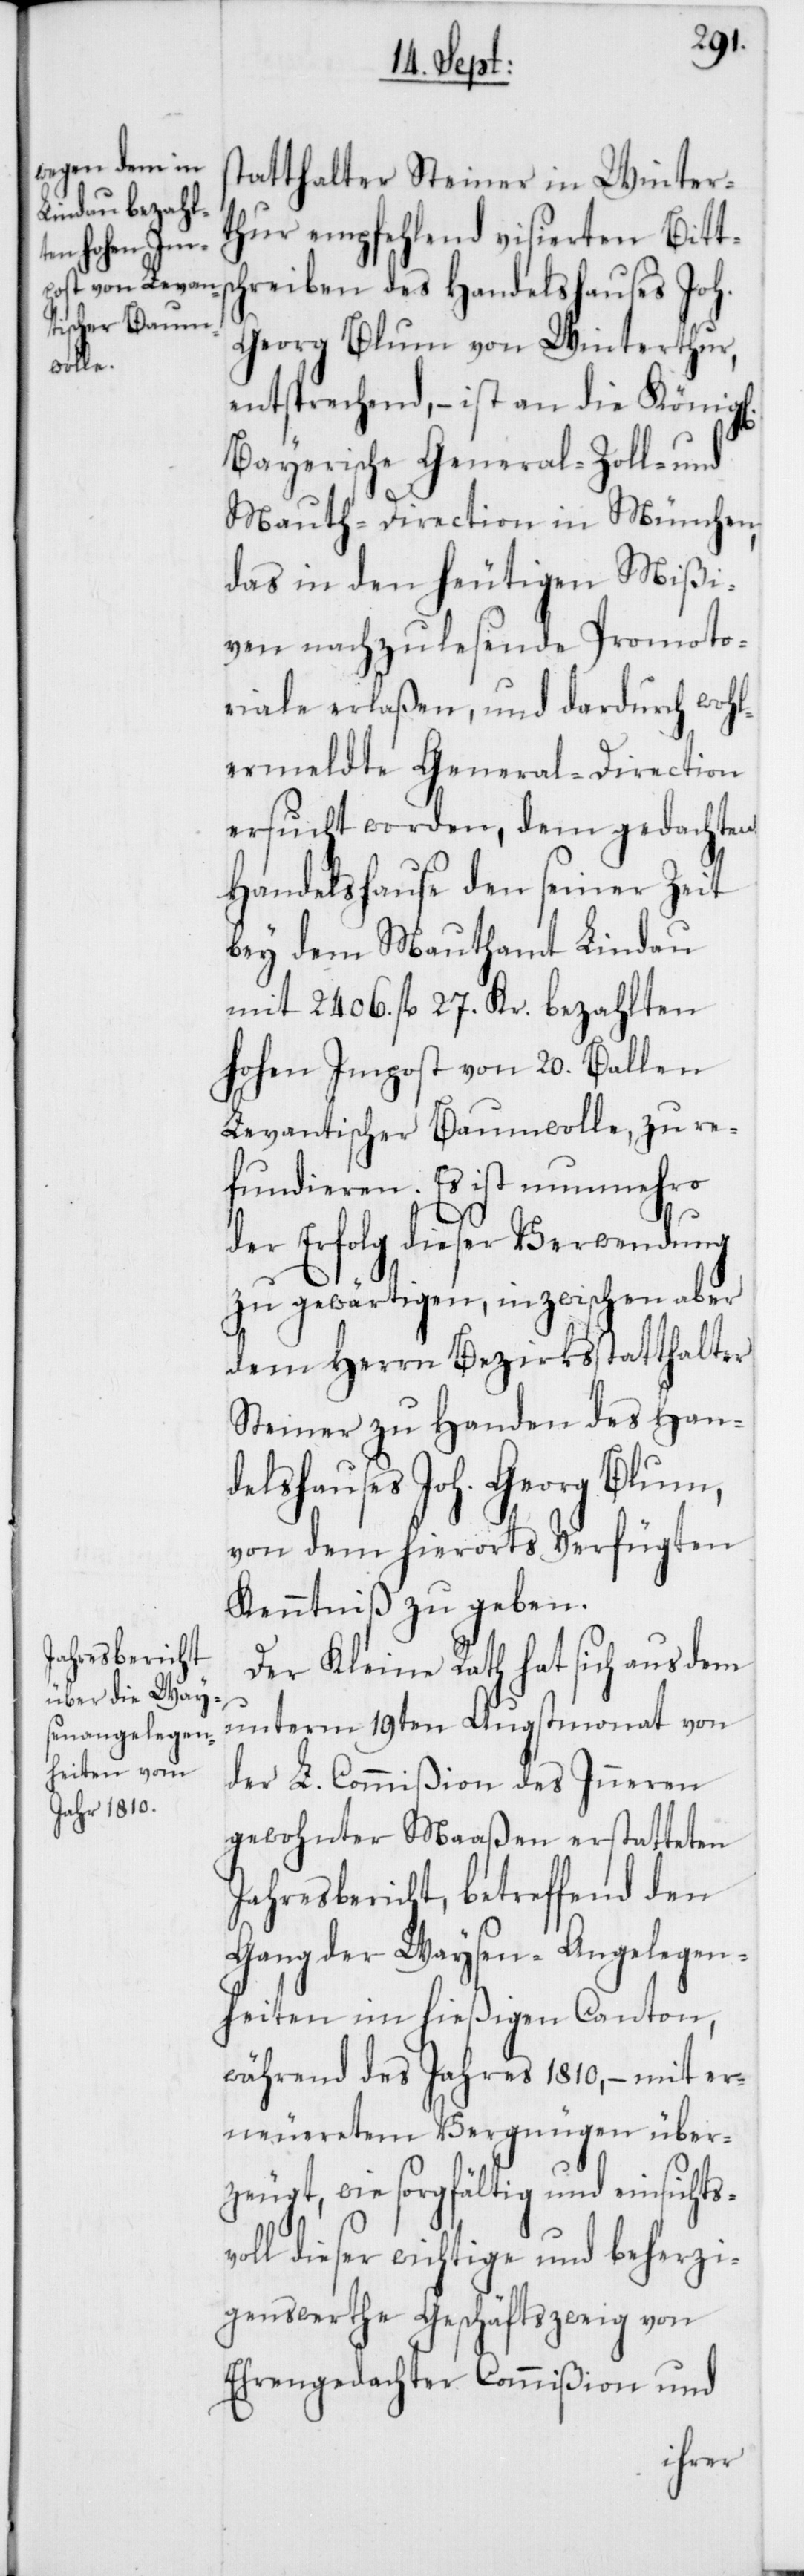
statthalter Steiner in Winter¬
thur empfehlend visierten Bitts¬
chreiben des Handelshauses Joh.
Georg Blum von Winterthur,
entsprechend, – ist an die Königl.
Bayerische General- Zoll- und
Mauth-Direction in München,
das in den heutigen Mißi¬
ven nachzulesende Promoto¬
riale erlaßen, und dardurch wohl¬
ermeldte General-Direction
ersucht worden, dem gedachten
Handelshause den seiner Zeit
bey dem Mauthamt Lindau
mit 2406. fl. 27. Kr. bezahlten
hohen Impost von 20. Ballen
Levantischer Baumwolle, zu re¬
fundieren. Es ist nunmehro
der Erfolg dieser Verwendung
zu gewärtigen, inzwischen aber
dem Herrn Bezirksstatthalter
Steiner zu Handen des Han¬
delshauses Joh. Georg Blum,
von dem hierorts Verfügten
Kenntniß zu geben.
Der Kleine Rath hat sich aus dem
unterm 19ten Augstmonat von
der L. Commißion des Inneren
gewohnter Maaßen erstatteten
Jahresbericht, betreffend den
Gang der Waysen-Angelegen¬
heiten im hießigen Canton,
während des Jahres 1810, – mit er¬
neueretem Vergnügen über¬
zeugt, wie sorgfältig und einsichtsv¬
oll dieser wichtige und beherzi¬
genswerthe Geschäftszweig von
Ehrengedachter Commißion und